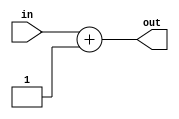
`timescale 1ns / 1ps
//////////////////////////////////////////////////////////////////////////////////
// Company: 
// Engineer: 
// 
// Design Name: 
// Module Name:    adder 
// Project Name: 
// Target Devices: 
// Tool versions: 
// Description: 
//
// Dependencies: 
//
// Revision: 
// Revision 0.01 - File Created
// Additional Comments: 
//
//////////////////////////////////////////////////////////////////////////////////
  module adder(
    input wire [7:0] in,
	 output wire [7:0] out
    );
    assign out = in + 1;

  endmodule